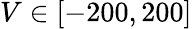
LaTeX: V\in[-200,200]